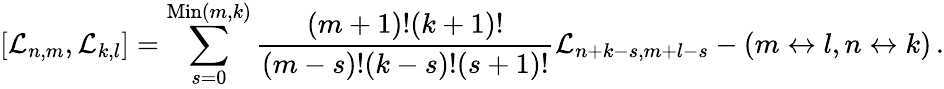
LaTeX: [{\cal L}_{n,m},{\cal L}_{k,l}]=\sum_{s=0}^{\mathrm{Min}(m,k)}{\frac{(m+1)!(k+1)!}{(m-s)!(k-s)!(s+1)!}}{\cal L}_{n+k-s,m+l-s}-(m\leftrightarrow l,n\leftrightarrow k)\, .